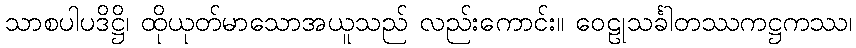
သာစပါပဒိဋ္ဌိ၊ ထိုယုတ်မာသောအယူသည် လည်းကောင်း။ ဝေဠုသင်္ခါတဿကဋ္ဌကဿ၊